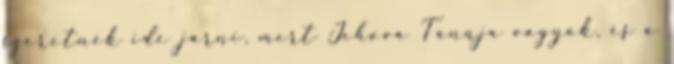
szeretnék ide járni, mert Jehova Tanúja vagyok, és a